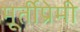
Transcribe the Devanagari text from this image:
मूर्तीप्रेमी